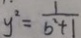
y ^ { 2 } = \frac { 1 } { b ^ { 2 } + 1 }